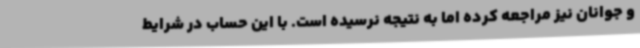
و جوانان نیز مراجعه کرده اما به نتیجه نرسیده است. با این حساب در شرایط